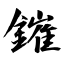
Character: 鏙